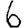
Digit: 6